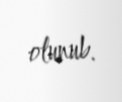
olunub.